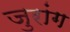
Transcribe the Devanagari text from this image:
जुरांग